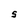
Character: S